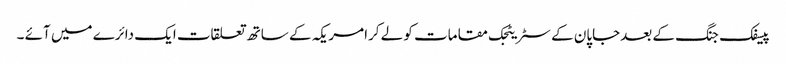
پیسفک جنگ کے بعدجاپان کے سٹریٹجک مقامات کو لے کرامریکہ کے ساتھ تعلقات ایک دائرے میں آئے ۔